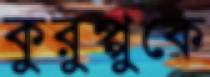
কুরুপ্পুকে